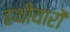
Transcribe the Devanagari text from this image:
हथीयारों